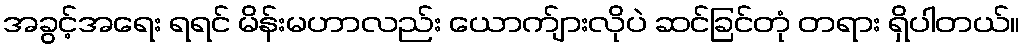
အခွင့်အရေး ရရင် မိန်းမဟာလည်း ယောက်ျားလိုပဲ ဆင်ခြင်တုံ တရား ရှိပါတယ်။